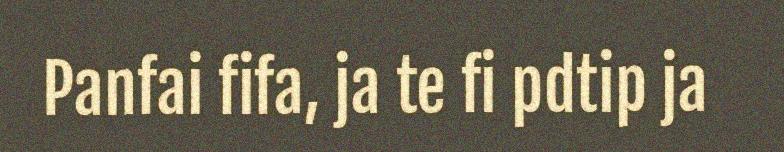
Panfai fifa, ja te fi pdtip ja